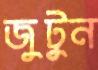
জুটুন